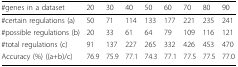
| #genes in a dataset | 20 | 30 | 40 | 50 | 60 | 70 | 80 | 90 |
 | --- | --- | --- | --- | --- | --- | --- | --- | --- |
 | #certain regulations (a) | 50 | 71 | 114 | 133 | 177 | 221 | 235 | 241 |
 | #possible regulations (b) | 20 | 33 | 61 | 64 | 79 | 109 | 116 | 121 |
 | #total regulations (c) | 91 | 137 | 227 | 265 | 332 | 426 | 453 | 470 |
 | Accuracy (%) ((a+b)/c) | 76.9 | 75.9 | 77.1 | 74.3 | 77.1 | 77.5 | 77.5 | 77.0 |